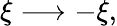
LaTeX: \xi\longrightarrow-\xi,